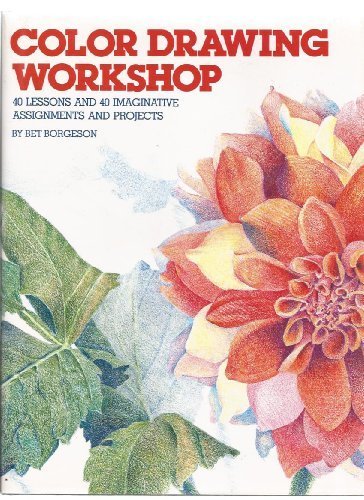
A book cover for Color Drawing Workshop; Bet Borgeson; Arts & Photography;